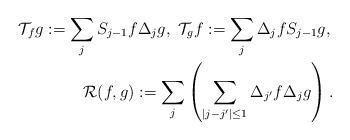
LaTeX: \begin{align*}\mathcal{T}_fg:=\sum_j S_{j-1}f\Delta_jg,\ \mathcal{T}_gf := \sum_j \Delta_j f S_{j-1} g,\, \\\mathcal{R}(f,g):=\sum_j \left(\sum_{\vert j-j'\vert \le 1} \Delta_{j'}f\Delta_jg\right).\end{align*}